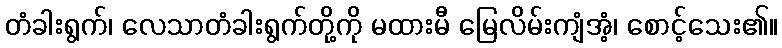
တံခါးရွက်၊ လေသာတံခါးရွက်တို့ကို မထားမီ မြေလိမ်းကျံအံ့၊ စောင့်သေး၏။